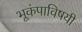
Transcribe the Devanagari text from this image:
भूकंपाविषयी